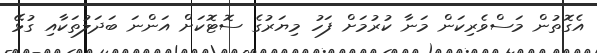
އެގޮތުން މަސްވެރިކަން މަނާ ކުރުމަށް ފަހު މިޔަރުގެ ސޮޓޮކަށް އަންނަ ބަދަލުތަކާއި ގުޅޭ